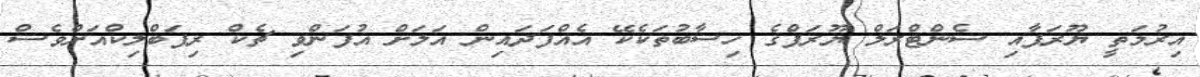
އިރުމަތީ ޔޫރަޕާއި ސެންޓްރަލް ޔޫރަޕްގެ ހިސާބުތަކެކޭ އެއްފަދައިން އަލަށް އުފަންވި ޗެކް ރިޕަބްލިކްއަށްވެސް